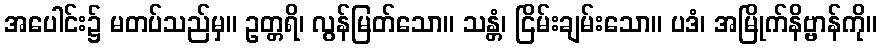
အပေါင်း၌ မတပ်သည်မှ။ ဥတ္တရိ၊ လွန်မြတ်သော။ သန္တံ၊ ငြိမ်းချမ်းသော။ ပဒံ၊ အမြိုက်နိဗ္ဗာန်ကို။